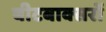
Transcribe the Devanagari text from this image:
बीटबाक्सरों